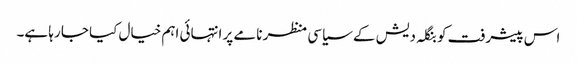
اس پیشرفت کو بنگلہ دیش کے سیاسی منظر نامے پر انتہائی اہم خیال کیا جا رہا ہے۔